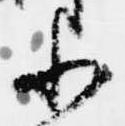
小